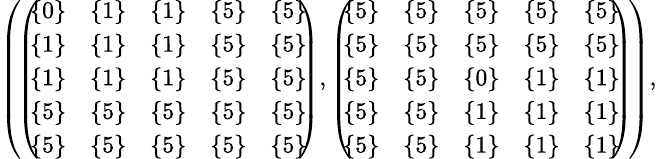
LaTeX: \begin{array}{r}{\small{\left(\! \left(\! \! \begin{array}{ccccc}{\{ 0\} }&{\{ 1\} }&{\{ 1\} }&{\{ 5\} }&{\{ 5\} }\\ {\{ 1\} }&{\{ 1\} }&{\{ 1\} }&{\{ 5\} }&{\{ 5\} }\\ {\{ 1\} }&{\{ 1\} }&{\{ 1\} }&{\{ 5\} }&{\{ 5\} }\\ {\{ 5\} }&{\{ 5\} }&{\{ 5\} }&{\{ 5\} }&{\{ 5\} }\\ {\{ 5\} }&{\{ 5\} }&{\{ 5\} }&{\{ 5\} }&{\{ 5\} }\end{array}\! \! \right),\left(\! \! \begin{array}{ccccc}{\{ 5\} }&{\{ 5\} }&{\{ 5\} }&{\{ 5\} }&{\{ 5\} }\\ {\{ 5\} }&{\{ 5\} }&{\{ 5\} }&{\{ 5\} }&{\{ 5\} }\\ {\{ 5\} }&{\{ 5\} }&{\{ 0\} }&{\{ 1\} }&{\{ 1\} }\\ {\{ 5\} }&{\{ 5\} }&{\{ 1\} }&{\{ 1\} }&{\{ 1\} }\\ {\{ 5\} }&{\{ 5\} }&{\{ 1\} }&{\{ 1\} }&{\{ 1\} }\end{array}\! \! \right)\! \right),}}\end{array}